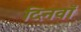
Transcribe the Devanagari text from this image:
दिनवाँ